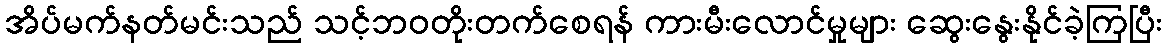
အိပ်မက်နတ်မင်းသည် သင့်ဘဝတိုးတက်စေရန် ကားမီးလောင်မှုများ ဆွေးနွေးနိုင်ခဲ့ကြပြီး